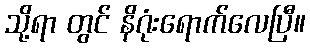
သို့ရာ တွင် နိဂုံးရောက်လေပြီ။